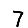
Digit: 7